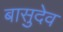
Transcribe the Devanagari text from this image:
बासुदेव